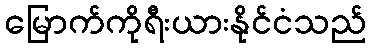
မြောက်ကိုရီးယားနိုင်ငံသည်